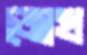
জোখ